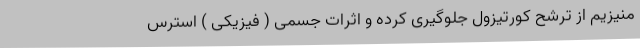
منیزیم از ترشح کورتیزول جلوگیری کرده و اثرات جسمی ( فیزیکی ) استرس